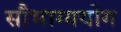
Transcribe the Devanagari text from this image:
सौभाग्ययोग